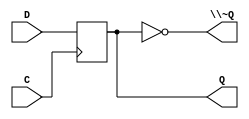
/*
 * Generated by Digital. Don't modify this file!
 * Any changes will be lost if this file is regenerated.
 */
module DIG_D_FF_Nbit
#(
    parameter Bits = 2,
    parameter Default = 0
)
(
   input [(Bits-1):0] D,
   input C,
   output [(Bits-1):0] Q,
   output [(Bits-1):0] \~Q
);
    reg [(Bits-1):0] state;

    assign Q = state;
    assign \~Q = ~state;

    always @ (posedge C) begin
        state <= D;
    end

    initial begin
        state = Default;
    end
endmodule


module DriverInvBus#(
    parameter Bits = 2
)
(
    input [(Bits-1):0] in,
    input sel,
    output [(Bits-1):0] out
);
    assign out = (sel == 1'b0)? in : {Bits{1'bz}};
endmodule

// octal positive-edge-triggered flip-flops, different pinout compared to 74374
module \74574  (
  input \~OC ,
  input CLK,
  input D0,
  input D1,
  input D2,
  input D3,
  input D4,
  input D5,
  input D6,
  input D7,
  input VCC,
  input GND,
  output Q0,
  output Q1,
  output Q2,
  output Q3,
  output Q4,
  output Q5,
  output Q6,
  output Q7
);
  wire [7:0] s0;
  wire [7:0] s1;
  wire [7:0] s2;
  assign s0[0] = D0;
  assign s0[1] = D1;
  assign s0[2] = D2;
  assign s0[3] = D3;
  assign s0[4] = D4;
  assign s0[5] = D5;
  assign s0[6] = D6;
  assign s0[7] = D7;
  DIG_D_FF_Nbit #(
    .Bits(8),
    .Default(0)
  )
  DIG_D_FF_Nbit_i0 (
    .D( s0 ),
    .C( CLK ),
    .Q( s1 )
  );
  DriverInvBus #(
    .Bits(8)
  )
  DriverInvBus_i1 (
    .in( s1 ),
    .sel( \~OC  ),
    .out( s2 )
  );
  assign Q0 = s2[0];
  assign Q1 = s2[1];
  assign Q2 = s2[2];
  assign Q3 = s2[3];
  assign Q4 = s2[4];
  assign Q5 = s2[5];
  assign Q6 = s2[6];
  assign Q7 = s2[7];
endmodule

module \74574_8_bit_register  (
  input d7,
  input d6,
  input d5,
  input d4,
  input d3,
  input d2,
  input d1,
  input d0,
  input \!Load ,
  input Clock,
  input Enable,
  output bus7,
  output bus6,
  output bus5,
  output bus4,
  output bus3,
  output bus2,
  output bus1,
  output bus0
);
  wire s0;
  wire s1;
  assign s1 = (~ \!Load  & Clock);
  assign s0 = ~ Enable;
  \74574  \74574_i0 (
    .\~OC ( s0 ),
    .D0( d0 ),
    .D1( d1 ),
    .D2( d2 ),
    .D3( d3 ),
    .D4( d4 ),
    .D5( d5 ),
    .D6( d6 ),
    .D7( d7 ),
    .GND( 1'b0 ),
    .CLK( s1 ),
    .VCC( 1'b1 ),
    .Q7( bus7 ),
    .Q6( bus6 ),
    .Q5( bus5 ),
    .Q4( bus4 ),
    .Q3( bus3 ),
    .Q2( bus2 ),
    .Q1( bus1 ),
    .Q0( bus0 )
  );
endmodule